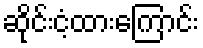
ဆိုင်းငံ့ထားကြောင်း